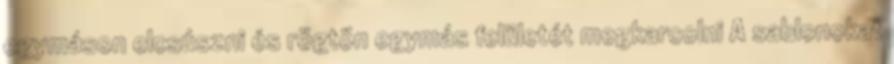
egymáson elcsúszni és rögtön egymás felületét megkarcolni A sablonokat